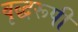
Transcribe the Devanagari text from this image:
वृद्धरूपी